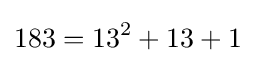
183=13^{2}+13+1